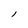
Character: l